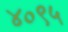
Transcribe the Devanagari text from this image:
४०९५